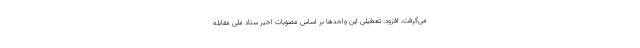
می‌گرفت، افزود: تعطیلی این واحدها بر اساس مصوبات اخیر ستاد ملی مقابله